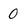
Character: 0